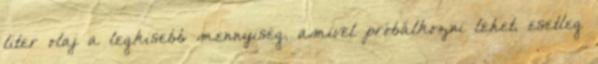
liter olaj a legkisebb mennyiség, amivel próbálkozni lehet, esetleg